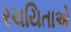
રચયિતાએ